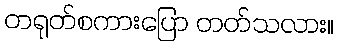
တရုတ်စကားပြော တတ်သလား။